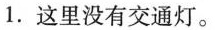
1.这里没有交通灯.